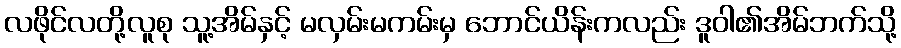
လဖိုင်လတို့လူစု သူ့အိမ်နှင့် မလှမ်းမကမ်းမှ ဘောင်ယိန်းကလည်း ဒူဝါ၏အိမ်ဘက်သို့